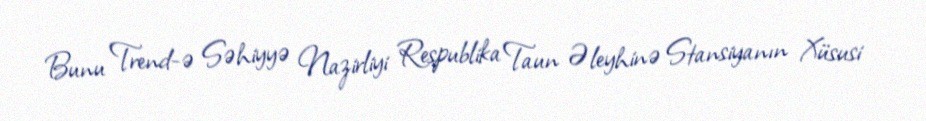
Bunu Trend-ə Səhiyyə Nazirliyi Respublika Taun Əleyhinə Stansiyanın Xüsusi